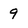
Character: 9